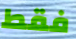
فقط